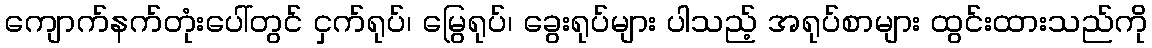
ကျောက်နက်တုံးပေါ်တွင် ငှက်ရုပ်၊ မြွေရုပ်၊ ခွေးရုပ်များ ပါသည့် အရုပ်စာများ ထွင်းထားသည်ကို